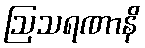
ဩသရဏာနိ